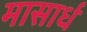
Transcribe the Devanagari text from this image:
मासार्धं